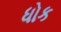
ધોક